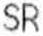
SR